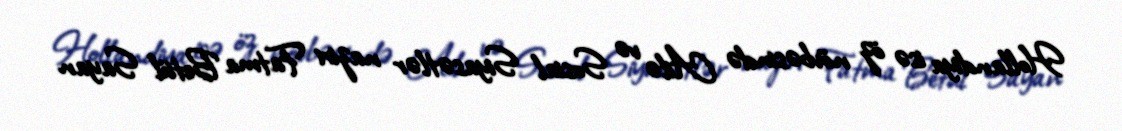
Hollandiya isə öz növbəsində Ailə və Sosial Siyasətlər naziri Fatma Betül Sayan